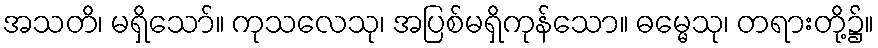
အသတိ၊ မရှိသော်။ ကုသလေသု၊ အပြစ်မရှိကုန်သော။ ဓမ္မေသု၊ တရားတို့၌။